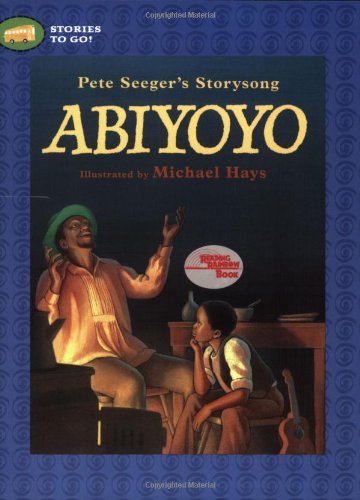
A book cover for Abiyoyo (Stories to Go!) Paperback; Pete Seeger; Children's Books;